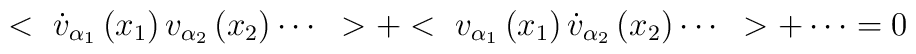
<~\dot{v}_{\alpha_{1}}\left( x_{1} \right)v_{\alpha_{2}}\left( x_{2}\right)\cdots~>+<~v_{\alpha_{1}}\left( x_{1} \right)\dot{v}_{\alpha_{2}}\left(x_{2} \right)\cdots~>+\cdots=0